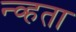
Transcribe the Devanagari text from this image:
न्व्हता